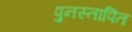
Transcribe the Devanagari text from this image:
पुनस्तापित